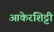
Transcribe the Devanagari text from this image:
आकेरशिट्टी